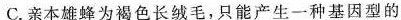
C.亲本雄蜂为褐色长绒毛，只能产生一种基因型的